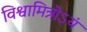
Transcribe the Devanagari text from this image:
विश्वामित्रोऽयं